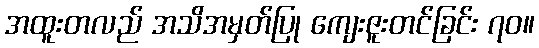
အထူးတလည် အသိအမှတ်ပြု ကျေးဇူးတင်ခြင်း ၇၀။